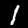
Label: 1